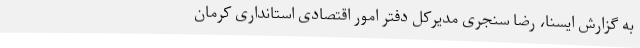
به گزارش ایسنا، رضا سنجری مدیرکل دفتر امور اقتصادی استانداری کرمان